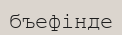
бъефінде